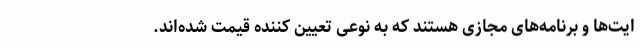
ایت‌ها و برنامه‌های مجازی هستند که به نوعی تعیین کننده قیمت شده‌اند.